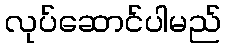
လုပ်ဆောင်ပါမည်